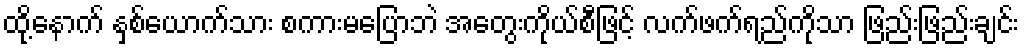
ထို့နောက် နှစ်ယောက်သား စကားမပြောဘဲ အတွေးကိုယ်စီဖြင့် လက်ဖက်ရည်ကိုသာ ဖြည်းဖြည်းချင်း